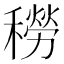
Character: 𥢒